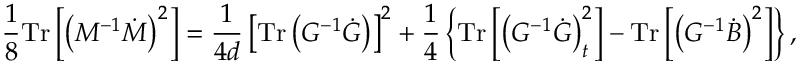
\frac { 1 } { 8 } \mathrm { T r } \left[ \left( M ^ { - 1 } \dot { M } \right) ^ { 2 } \right] = \frac { 1 } { 4 d } \left[ \mathrm { T r } \left( G ^ { - 1 } \dot { G } \right) \right] ^ { 2 } + \frac { 1 } { 4 } \left\{ \mathrm { T r } \left[ \left( G ^ { - 1 } \dot { G } \right) _ { t } ^ { 2 } \right] - \mathrm { T r } \left[ \left( G ^ { - 1 } \dot { B } \right) ^ { 2 } \right] \right\} ,